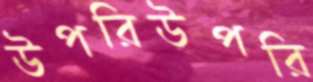
উপরিউপরি